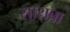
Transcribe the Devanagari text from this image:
साराबा